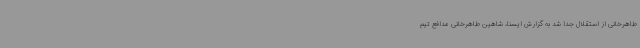
طاهرخانی از استقلال جدا شد به گزارش ایسنا، شاهین طاهرخانی مدافع تیم